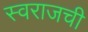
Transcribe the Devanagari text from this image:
स्वराजची